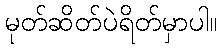
မုတ်ဆိတ်ပဲရိတ်မှာပါ။